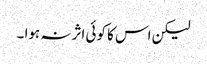
لیکن اس کا کوئی اثر نہ ہوا ۔